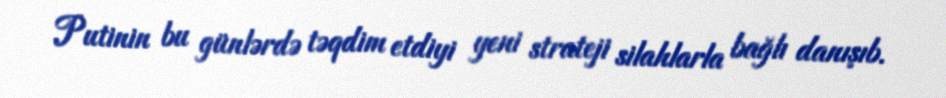
Putinin bu günlərdə təqdim etdiyi yeni strateji silahlarla bağlı danışıb.